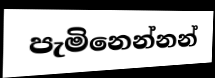
පැමිනෙන්නන්